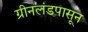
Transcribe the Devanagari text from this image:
ग्रीनलंडपासून